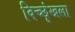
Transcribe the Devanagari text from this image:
विच्छृंखला